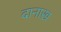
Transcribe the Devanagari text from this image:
दानाख